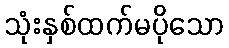
သုံးနှစ်ထက်မပိုသော